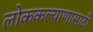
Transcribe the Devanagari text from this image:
लोककल्याणासाठी